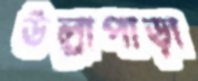
উল্লাপাড়া